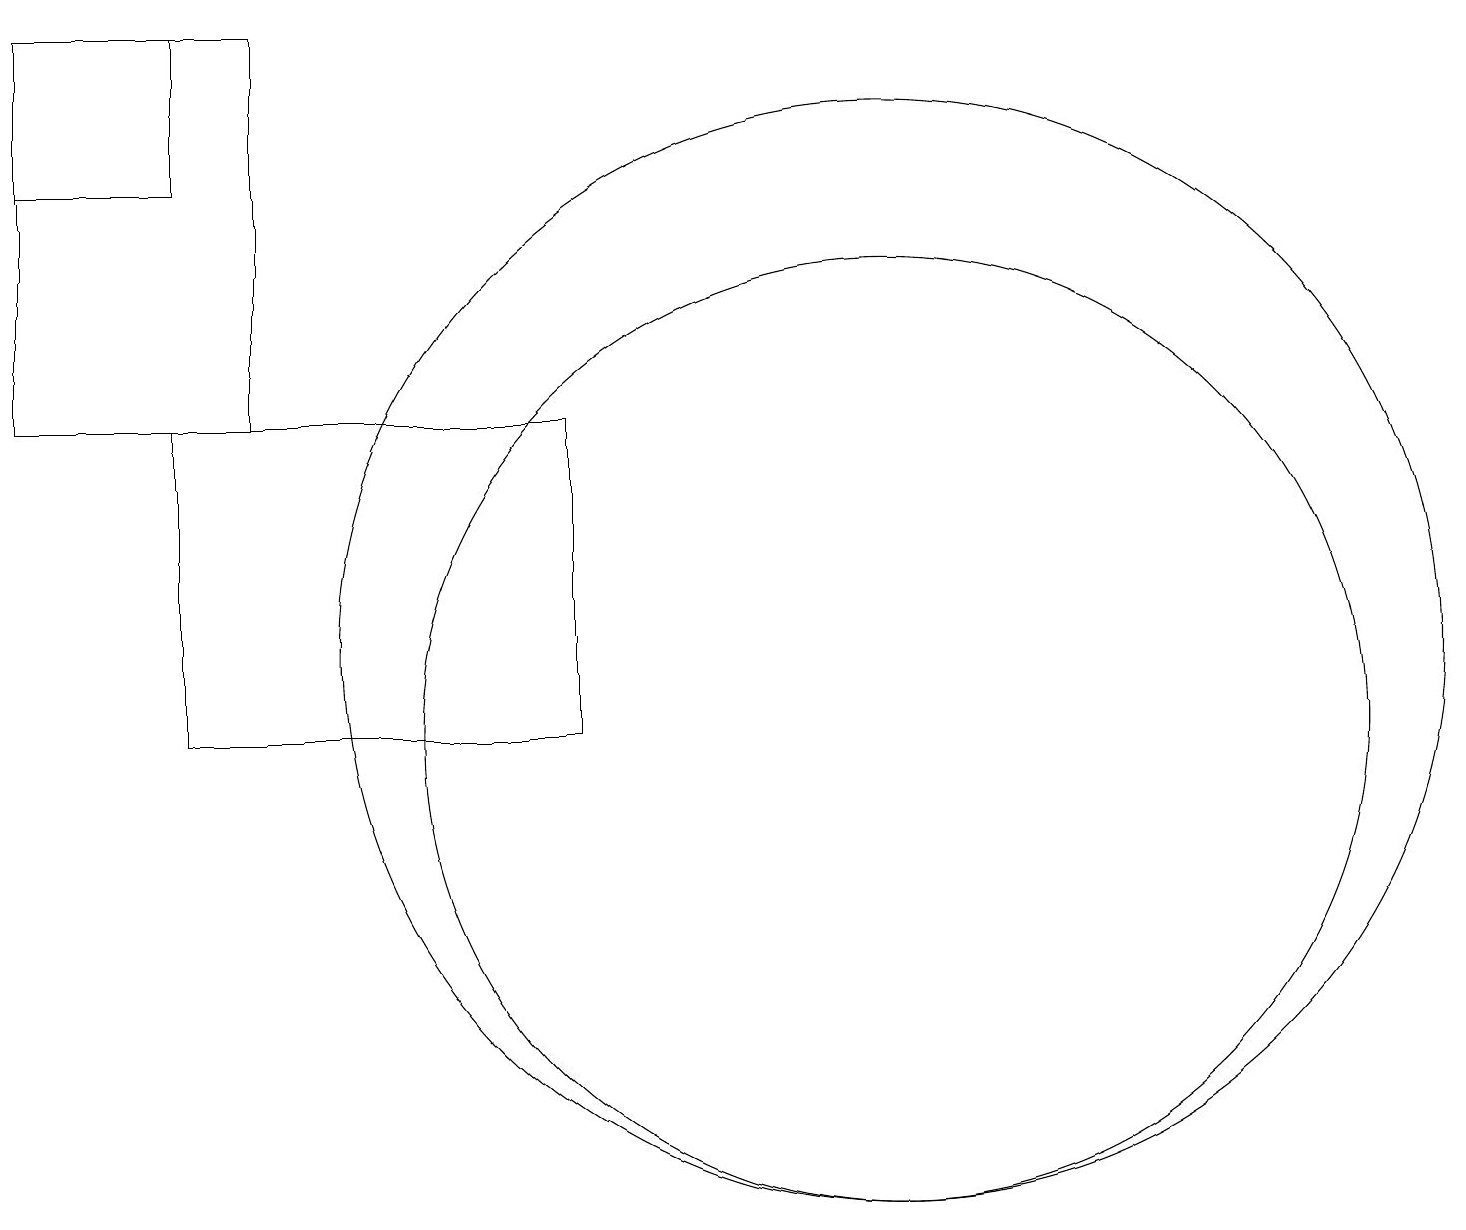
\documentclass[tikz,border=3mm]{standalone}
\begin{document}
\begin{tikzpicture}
\draw (0,14) rectangle (3,19);
\draw (2,10) rectangle (7,14);
\draw (11,11) circle (7);
\draw (11,10) circle (6);
\draw (0,17) rectangle (2,19);
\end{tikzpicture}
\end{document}